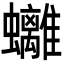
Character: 𧕮